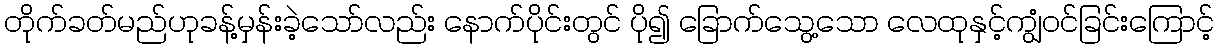
တိုက်ခတ်မည်ဟုခန့်မှန်းခဲ့သော်လည်း နောက်ပိုင်းတွင် ပို၍ ခြောက်သွေ့သော လေထုနှင့်ကျွံဝင်ခြင်းကြောင့်